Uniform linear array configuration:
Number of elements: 16
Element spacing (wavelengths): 0.75
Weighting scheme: hann
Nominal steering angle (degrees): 45
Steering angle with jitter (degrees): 43.896
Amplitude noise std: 0.05
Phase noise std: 0.05

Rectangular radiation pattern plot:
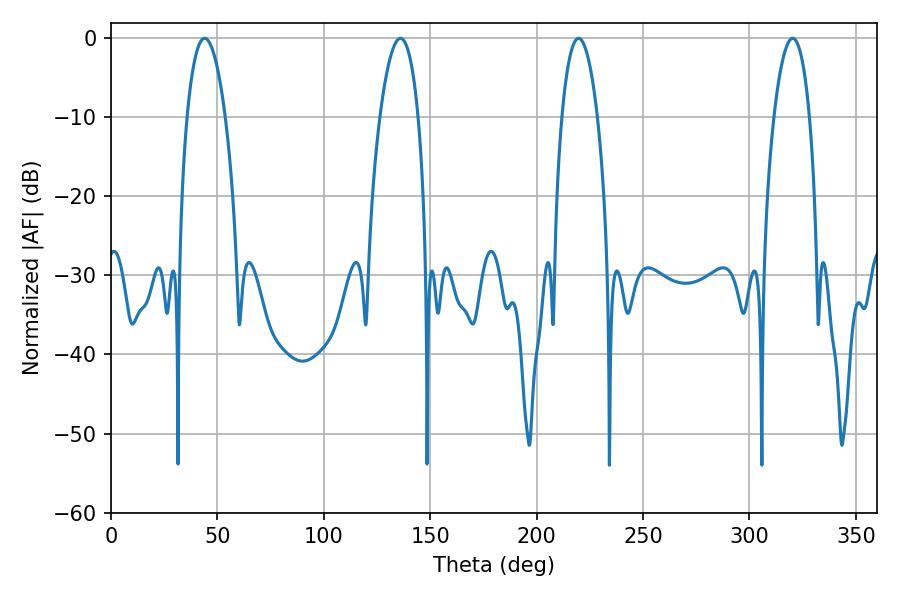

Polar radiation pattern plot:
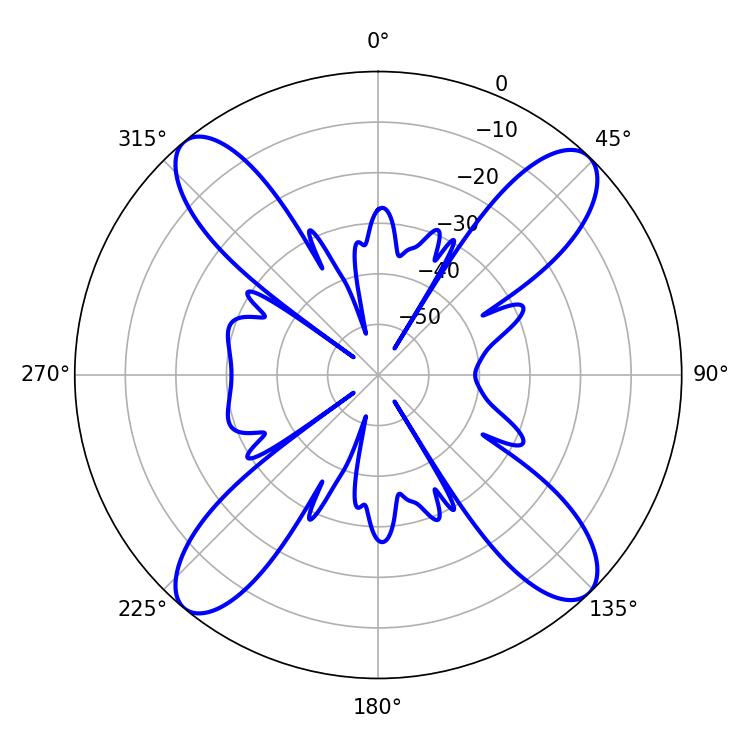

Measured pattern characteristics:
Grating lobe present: TRUE
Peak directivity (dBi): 17.328
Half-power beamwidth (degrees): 10.08
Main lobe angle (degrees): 43.92